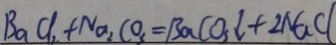
B a C l _ { 2 } + N a _ { 2 } C O _ { 3 } = B a C O _ { 3 } \downarrow + 2 N a C l